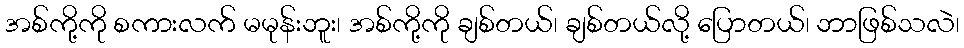
အစ်ကို့ကို စကားလက် မမုန်းဘူး၊ အစ်ကို့ကို ချစ်တယ်၊ ချစ်တယ်လို့ ပြောတယ်၊ ဘာဖြစ်သလဲ၊